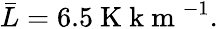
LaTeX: \bar{L}=6.5\mathrm{~K~k~m~}^{-1}.